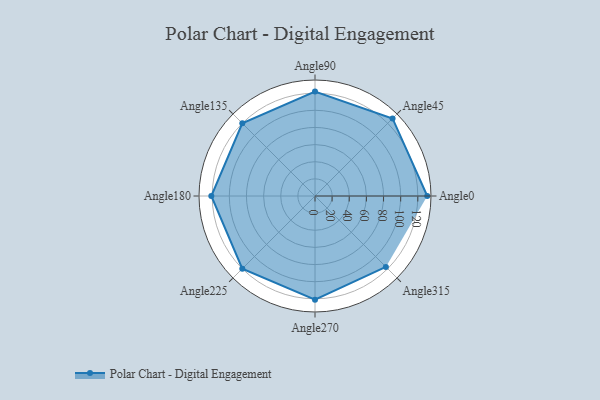
{"axis": {"x": "Angle", "y": "Radius"}, "legend": [""], "data": [{"x": "Angle0", "y": 131.0, "type": ""}, {"x": "Angle45", "y": 128.0, "type": ""}, {"x": "Angle90", "y": 122.0, "type": ""}, {"x": "Angle135", "y": 120.0, "type": ""}, {"x": "Angle180", "y": 121.0, "type": ""}, {"x": "Angle225", "y": 120.0, "type": ""}, {"x": "Angle270", "y": 121.0, "type": ""}, {"x": "Angle315", "y": 117.0, "type": ""}]}